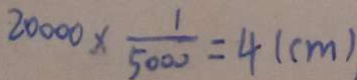
2 0 0 0 0 \times \frac { 1 } { 5 0 0 0 } = 4 ( c m )